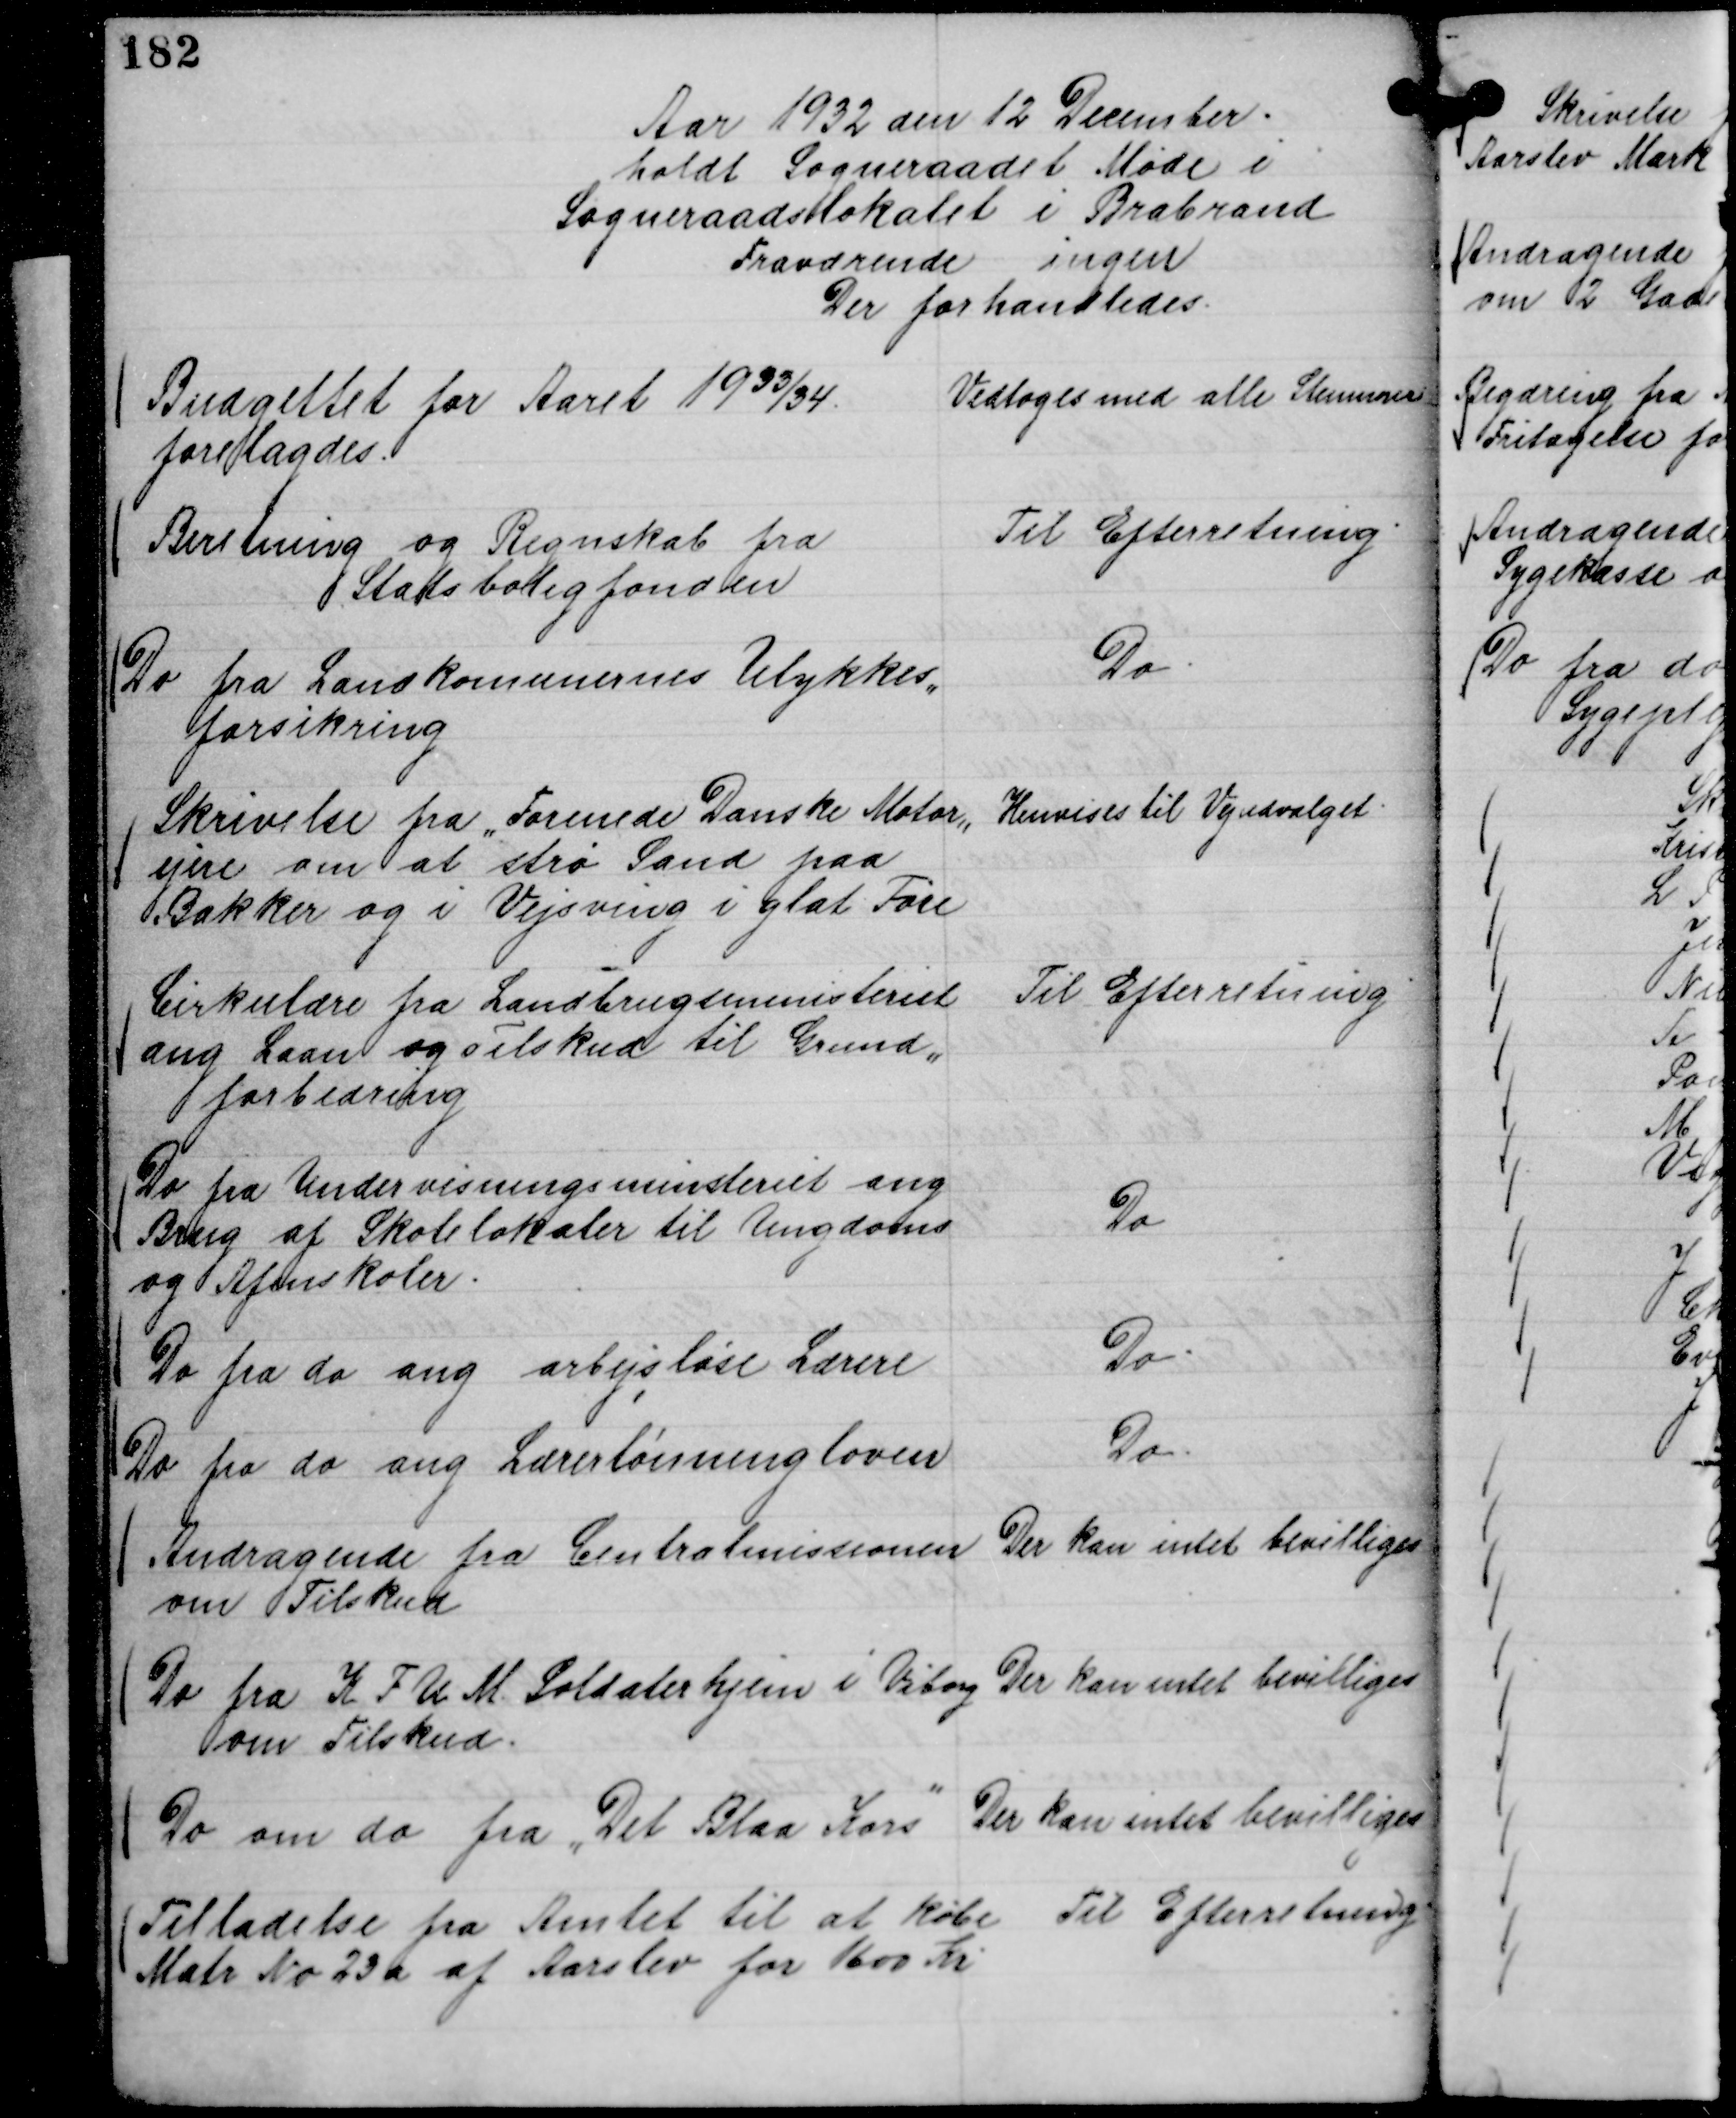
Transskription:
Aar 1932 den 12 December .
holdt Sogneraadet Møde i
Sogneraadslokalet i Brabrand
Fraværende ingen
Der forhandledes.

Budgettet for Aaret 19 33/34.
forelagdes.

Vedtoges med alle Stemmer

Beretning og Regnskab fra
Statsboligfonden

Til Efterretning.

Do fra Landkomunernes Ulykkes,,
forsikring

Do.

Skrivelse fra "Forenede Danske Motor,,
ejere om at strø Sand paa
Bakker og i Vejsving i glat Føre

Henvises til Vejudvalget.

Cirkulære fra Landbrugsministeriet
ang Laan og Tilskud til Grund,,
forbedring

Til Efterretning

Do fra Undervisningsministeriet ang
Brug af Skolelokaler til Ungdoms
og Aftenskoler.

Do

Do fra do ang arbejsløse Lærere

Do.

Do fra do ang Lærerlønningloven

Do.

Andragende fra Centralmissionen
om Tilskud

Der kan intet bevilliges

Do fra K F U M. Soldaterhjem i Viborg
om Tilskud.

Der kan intet bevilliges

Do om do fra "Det Blaa Kors"

Der kan intet bevilliges

Tilladelse fra Amtet til at købe
Matr No 23 a af Aarslev for 1600 Kr

Til Efterretning.